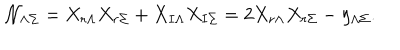
LaTeX: \mathcal { N } _ { \Lambda \Sigma } = X _ { r \Lambda } X _ { r \Sigma } + X _ { I \Lambda } X _ { I \Sigma } = 2 X _ { r \Lambda } X _ { r \Sigma } - \eta _ { \Lambda \Sigma } .